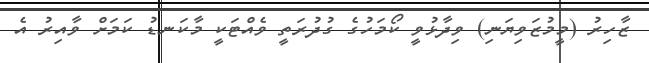
ޒާހިރު (މީމުޒަވިޔަނި) ވިދާޅުވީ ކޯމަހުގެ ގުދުރަތީ ވެއްޓަކީ މާކަނޑު ކަމަށް ވާއިރު އެ